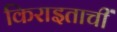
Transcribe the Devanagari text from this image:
किराइताचीं